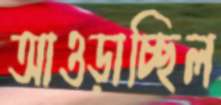
আওড়াচ্ছিল